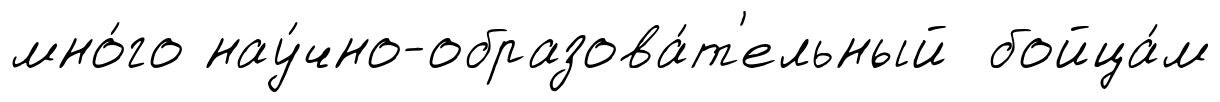
мно́го нау́чно-образова́т'ельный бойца́м